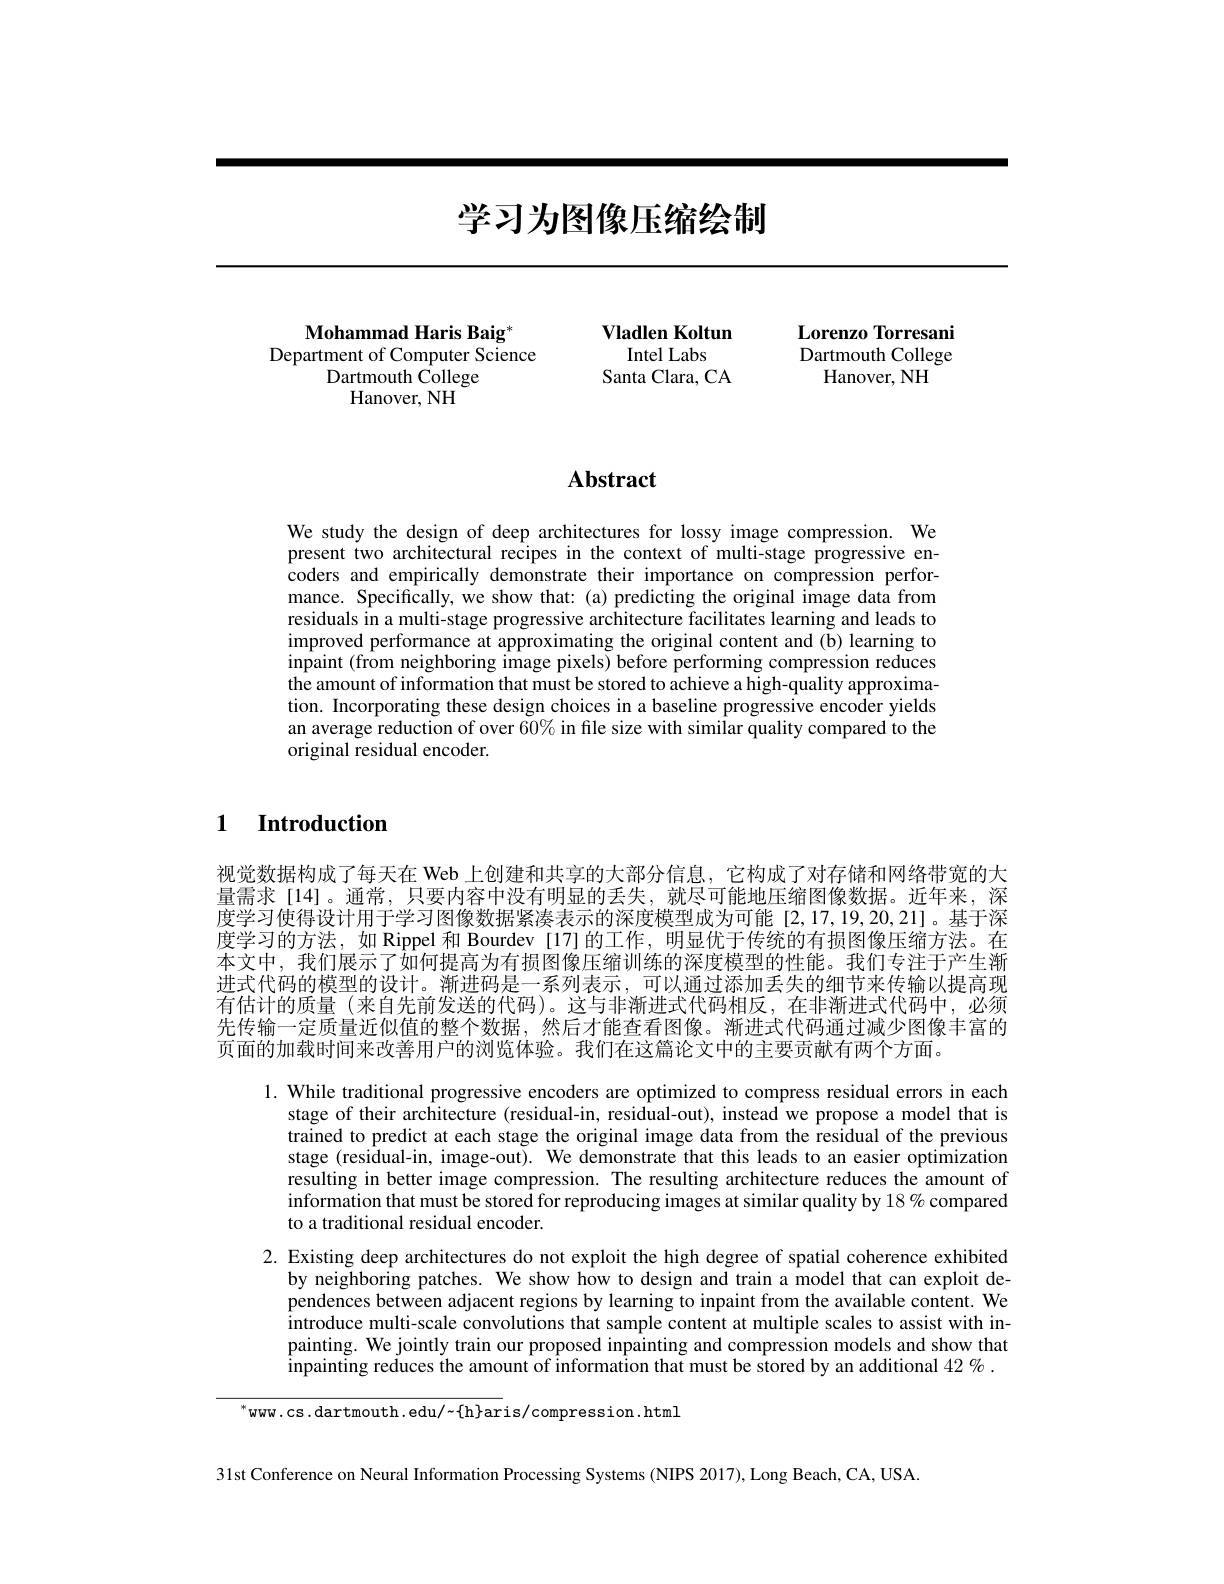
# 学习为图像压缩绘制

Vladlen Koltun
Intel Labs
Santa Clara, CA

Lorenzo Torresani

Dartmouth College

Hanover, NH

Mohammad Haris Baig*
Department of Computer Science
Dartmouth College
Hanover, NH

# Abstract

We study the design of deep architectures for lossy image compression. We present two architectural recipes in the context of multi-stage progressive encoders and empirically demonstrate their importance on compression performance. Specifically, we show that: (a) predicting the original image data from residuals in a multi-stage progressive architecture facilitates learning and leads to improved performance at approximating the original content and (b) learning to inpaint (from neighboring image pixels) before performing compression reduces the amount of information that must be stored to achieve a high-quality approximation. Incorporating these design choices in a baseline progressive encoder yields an average reduction of over 60% in file size with similar quality compared to the original residual encoder.

$\textbf{1}$ $\textbf{Introduction}$

视觉数据构成了每天在 Web 上创建和共享的大部分信息，它构成了对存储和网络带宽的大量需求[14]。通常，只要内容中没有明显的丢失，就尽可能地压缩图像数据。近年来，深度学习使得设计用于学习图像数据紧凑表示的深度模型成为可能 [2,17,19,20,21]。基于深度学习的方法，如 Rippel 和 Bourdev [17]的工作，明显优于传统的有损图像压缩方法。在本文中，我们展示了如何提高为有损图像压缩训练的深度模型的性能。我们专注于产生渐进式代码的模型的设计。渐进码是一系列表示，可以通过添加丢失的细节来传输以提高现有估计的质量(来自先前发送的代码)。这与非渐进式代码相反，在非渐进式代码中，必须先传输一定质量近似值的整个数据，然后才能查看图像。渐进式代码通过减少图像丰富的页面的加载时间来改善用户的浏览体验。我们在这篇论文中的主要贡献有两个方面。

1. While traditional progressive encoders are optimized to compress residual errors in each
stage of their architecture (residual-in, residual-out), instead we propose a model that is trained to predict at each stage the original image data from the residual of the previous stage (residual-in, image-out). We demonstrate that this leads to an easier optimization resulting in better image compression. The resulting architecture reduces the amount of information that must be stored for reproducing images at similar quality by 18% compared to a traditional residual encoder.
2. Existing deep architectures do not exploit the high degree of spatial coherence exhibited
by neighboring patches. We show how to design and train a model that can exploit dependences between adjacent regions by learning to inpaint from the available content. We introduce multi-scale convolutions that sample content at multiple scales to assist with inpainting. We jointly train our proposed inpainting and compression models and show that $\hat{\text{inpainting reduces the amount of information that must be stored by an additional 42 }\%.}$

31st Conference on Neural Information Processing Systems (NIPS 2017), Long Beach, CA, USA